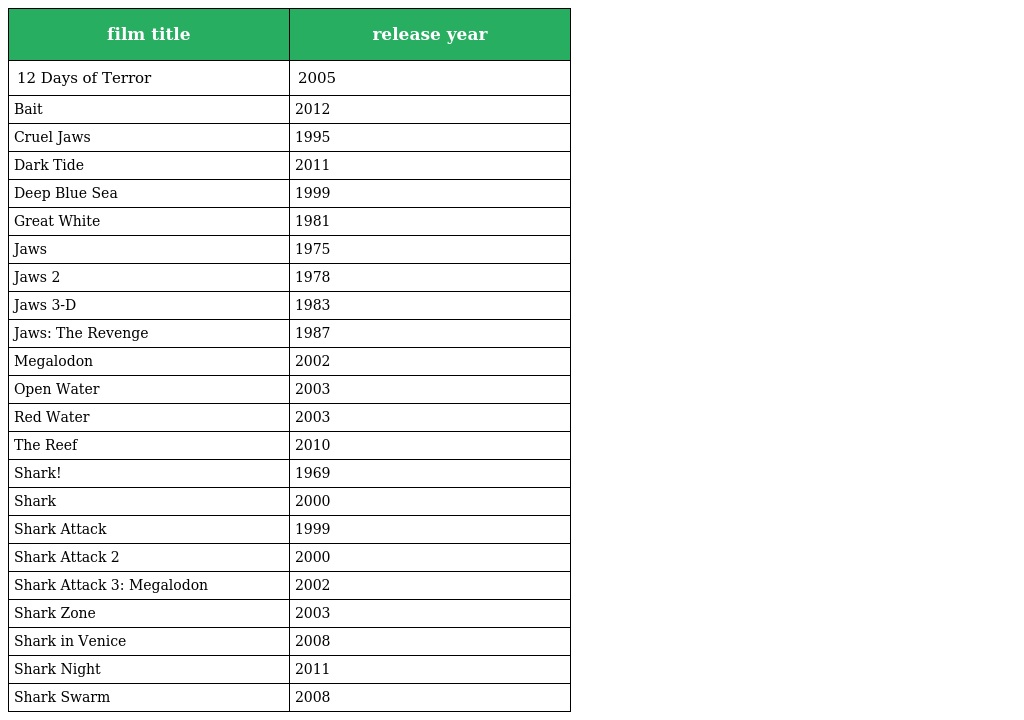
| film title | release year |
 | --- | --- |
 | 12 Days of Terror | 2005 |
 | Bait | 2012 |
 | Cruel Jaws | 1995 |
 | Dark Tide | 2011 |
 | Deep Blue Sea | 1999 |
 | Great White | 1981 |
 | Jaws | 1975 |
 | Jaws 2 | 1978 |
 | Jaws 3-D | 1983 |
 | Jaws: The Revenge | 1987 |
 | Megalodon | 2002 |
 | Open Water | 2003 |
 | Red Water | 2003 |
 | The Reef | 2010 |
 | Shark! | 1969 |
 | Shark | 2000 |
 | Shark Attack | 1999 |
 | Shark Attack 2 | 2000 |
 | Shark Attack 3: Megalodon | 2002 |
 | Shark Zone | 2003 |
 | Shark in Venice | 2008 |
 | Shark Night | 2011 |
 | Shark Swarm | 2008 |